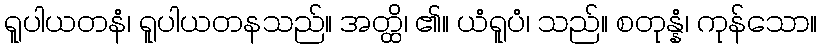
ရူပါယတနံ၊ ရူပါယတနသည်။ အတ္ထိ၊ ၏။ ယံရူပံ၊ သည်။ စတုန္နံ၊ ကုန်သော။